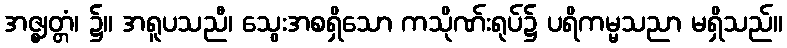
အဇ္ဈတ္တံ၊ ၌။ အရူပသညီ၊ သွေးအစရှိသော ကသိုဏ်းရုပ်၌ ပရိကမ္မသညာ မရှိသည်။